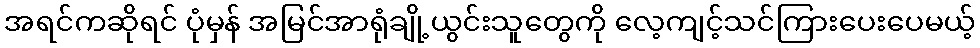
အရင်ကဆိုရင် ပုံမှန် အမြင်အာရုံချို့ယွင်းသူတွေကို လေ့ကျင့်သင်ကြားပေးပေမယ့်